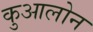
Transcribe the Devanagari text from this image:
कुआलोन